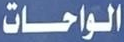
الواحات